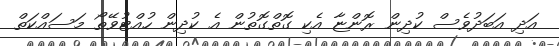
އަދި އަބަދުވެސް ކުދިން ރޮންޏާ އެކި ގޮތްގޮތުން އެ ކުދިން ހުއްޓުވޭތޯ މަސައްކަތް